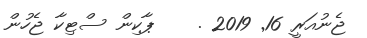
ޖެނުއަރީ 16